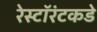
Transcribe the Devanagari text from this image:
रेस्टॉरंटकडे